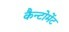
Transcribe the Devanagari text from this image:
कैन्‍टोमेंट